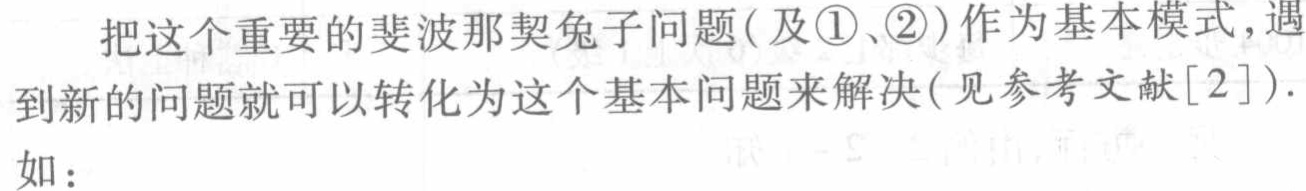
把这个重要的斐波那契兔子问题(及\textcircled{1}、\textcircled{2})作为基本模式, 遇到新的问题就可以转化为这个基本问题来解决(见参考文献[2]).
如：